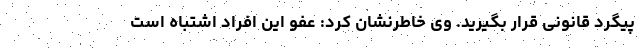
پیگرد قانونی قرار بگیرید. وی خاطرنشان کرد: عفو این افراد اشتباه است